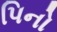
પિનો